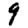
Digit: 9